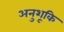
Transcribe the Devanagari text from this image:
अनुशूकि